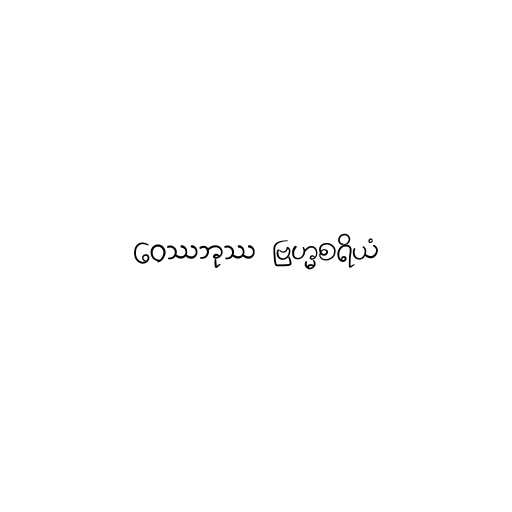
ဝေဿဘုဿ ဗြဟ္မစရိယံ